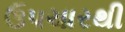
ઉપચારથી